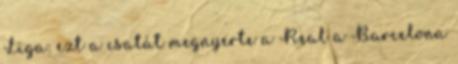
Liga: ezt a csatát megnyerte a Real a Barcelona